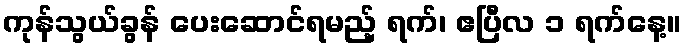
ကုန်သွယ်ခွန် ပေးဆောင်ရမည့် ရက်၊ ဧပြီလ ၁ ရက်နေ့။